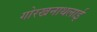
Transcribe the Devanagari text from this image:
गोरखनाथलाई